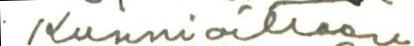
. Kunnioittaen